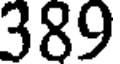
389